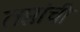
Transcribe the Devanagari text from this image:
तप्तांची